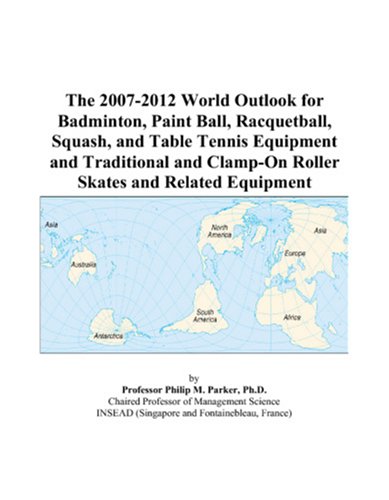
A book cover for The 2007-2012 World Outlook for Badminton, Paint Ball, Racquetball, Squash, and Table Tennis Equipment and Traditional and Clamp-On Roller Skates and Related Equipment; Philip M. Parker; Sports & Outdoors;